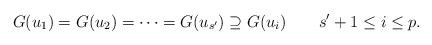
LaTeX: \begin{align*}G(u_{1})=G(u_{2})=\cdots=G(u_{s'}) \supseteq G(u_{i}) ~~~~~~ s'+1 \leq i \leq p.\end{align*}